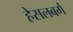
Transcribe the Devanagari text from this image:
हेसलबर्ग